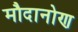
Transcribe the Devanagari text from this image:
मौदानोण